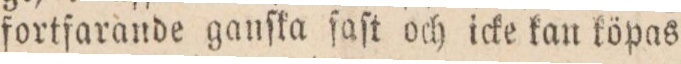
fortfarande ganſka ſaſt och icke kan köpas